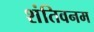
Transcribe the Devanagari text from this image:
शंतिवनम